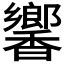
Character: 𬳧